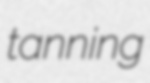
tanning